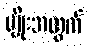
မျိုးအတွက်